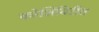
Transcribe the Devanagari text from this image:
कोशिंबिरीत